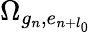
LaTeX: \Omega_{g_{n},e_{n+l_{0}}}